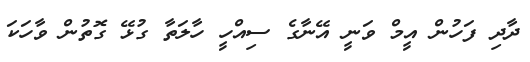
ދާދި ފަހުން އީމް ވަނީ އޭނާގެ ސިއްހީ ހާލަތާ ގުޅޭ ގޮތުން ވާހަކަ